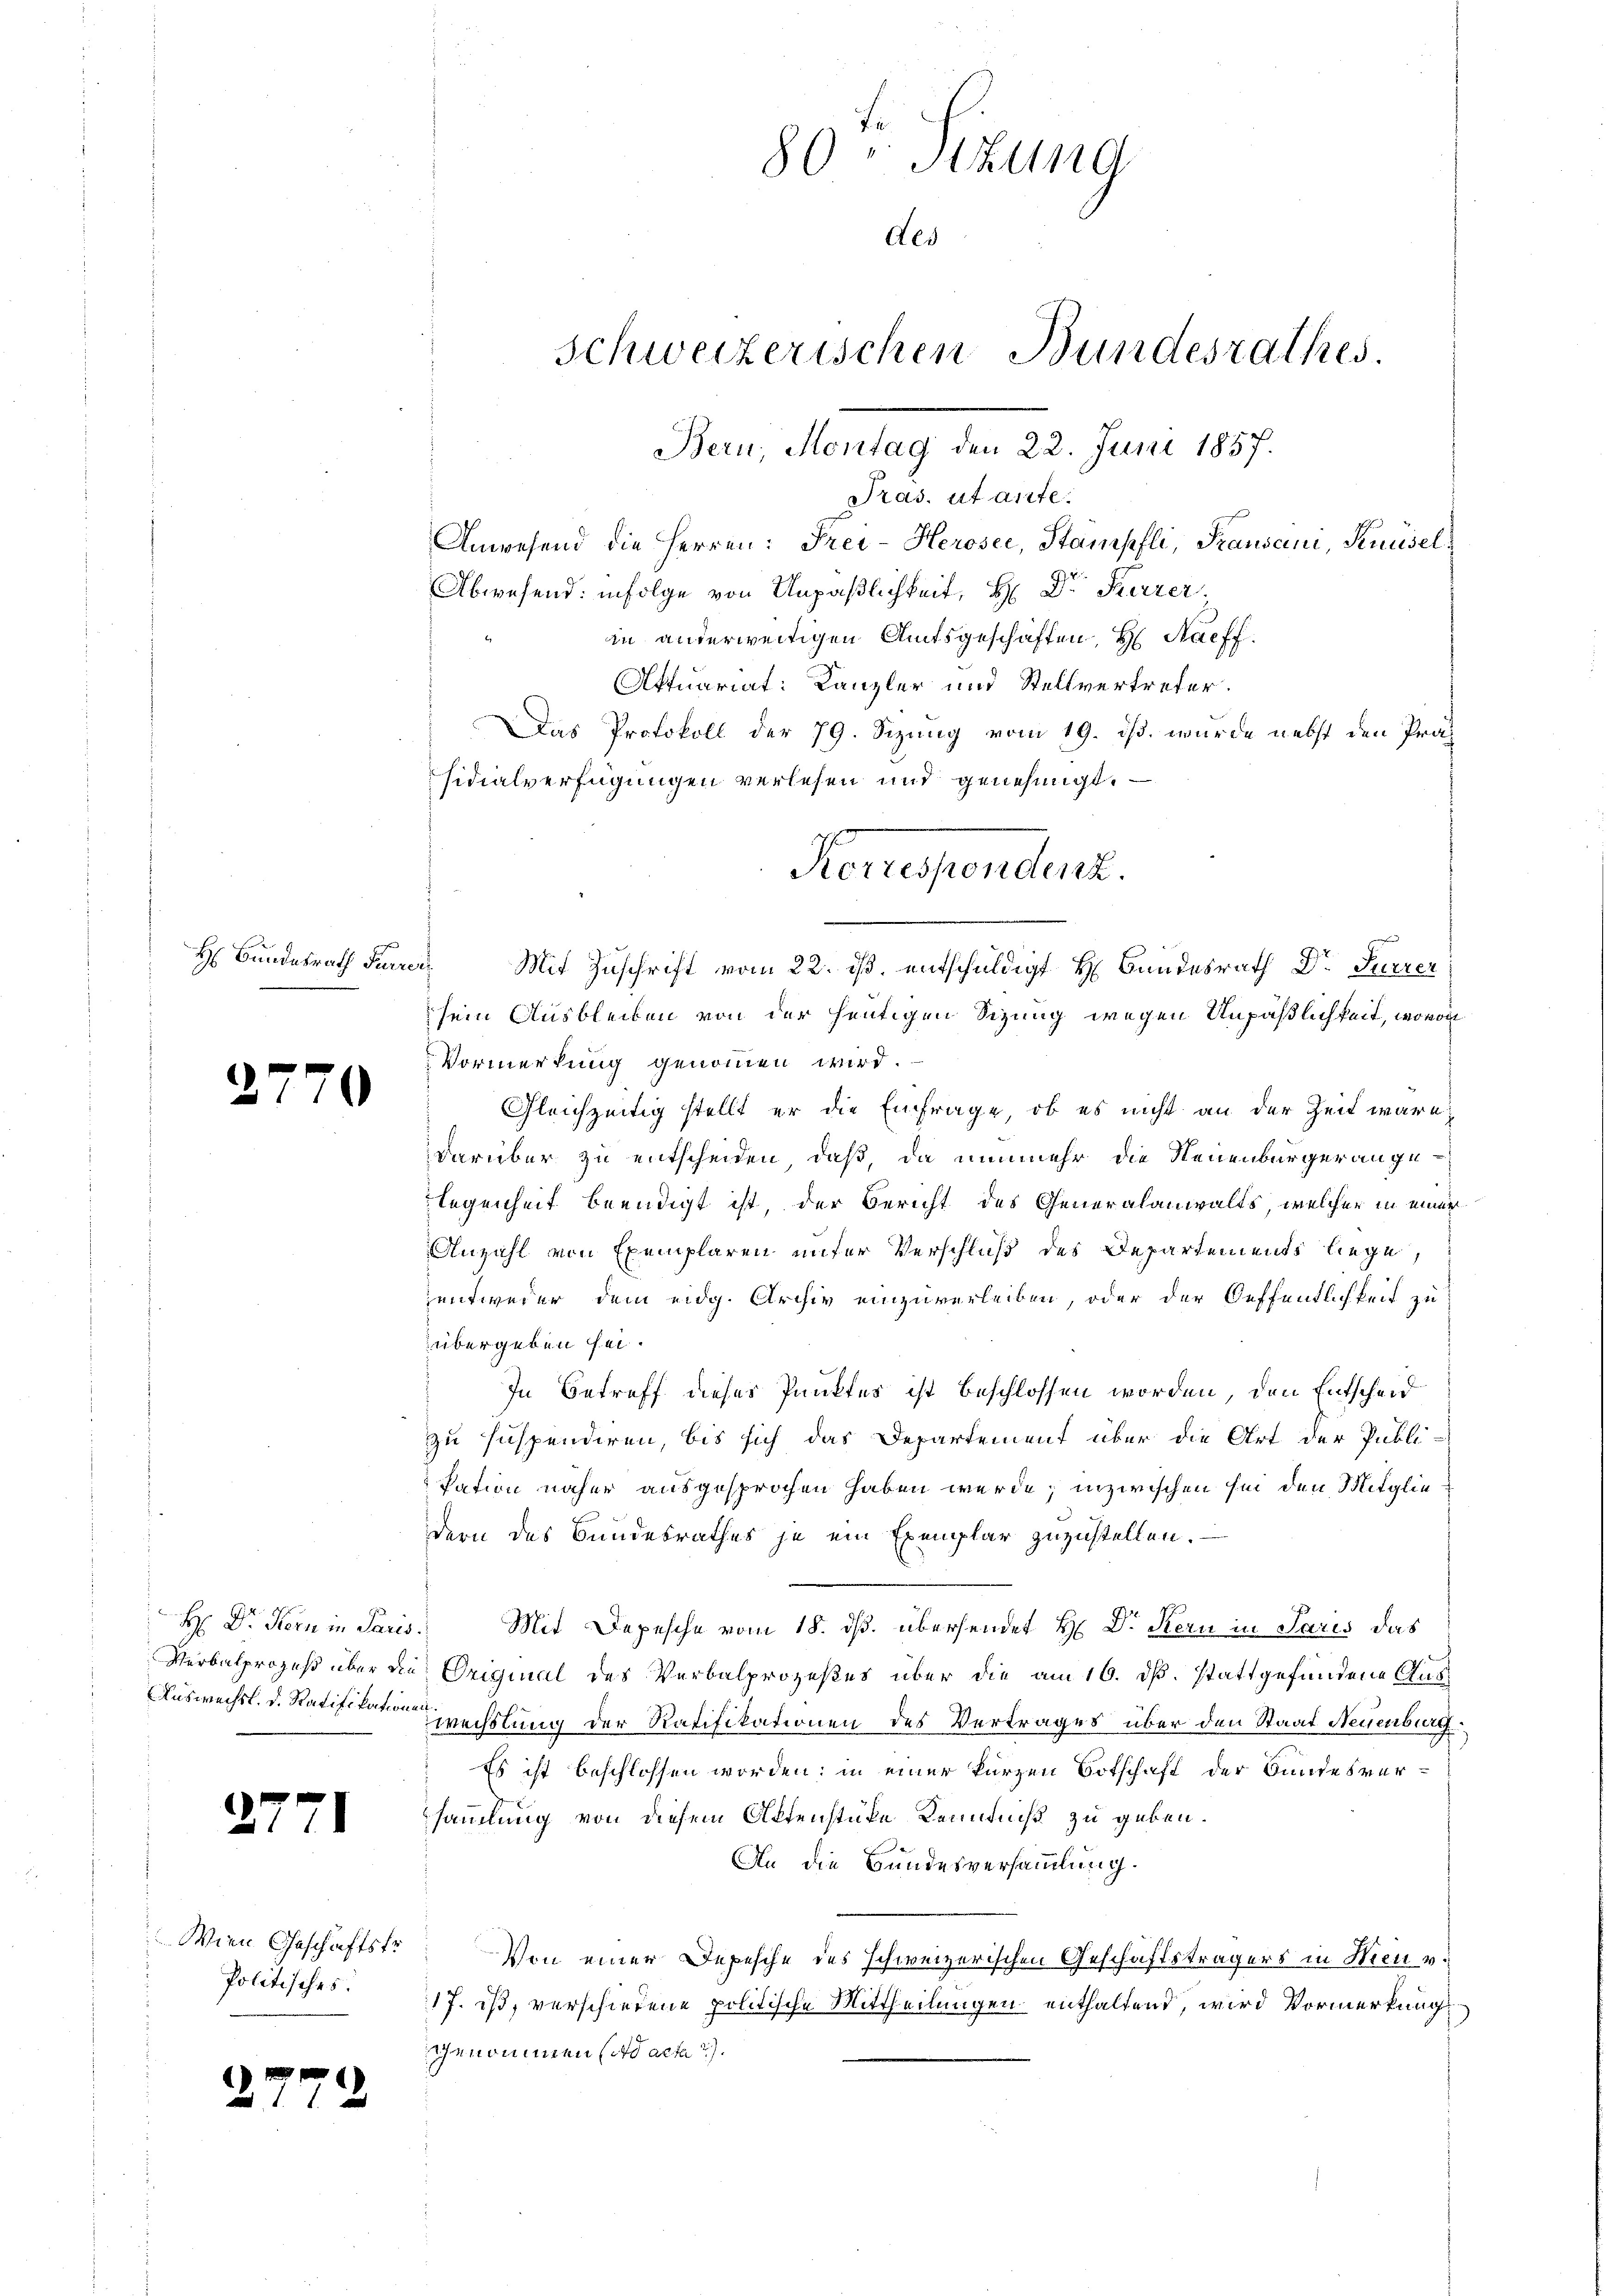
37

d

27

¬

)

Wien Geschäftstr
Politisches:

H Bundesrath Furrer

80 Sitzung
Als
Schweizerischen Bundesrathes.
Bern, Montag den 22. Juni 1857.
Pras. utante.

Anwesend die Herren: Frei- Herosei, Stämpfli, Frausani, Knüsel¬
Abwesend: infolge von Unpäßlichkeit, H: Dr. Furrer
in anderweitigen Amtsgeschäften, H. Nachf
Attuariat: Kanzler und Stellvertreter.
Das Protokoll der 79. Sizung vom 19. ds. wurde nebst den Präsidialverfügungen verlesen und genehmigt.
sein Ausbleiben von der heutigen Sizung wegen Unpäßlichkeit, wovon
Vormerkung genommen wird.
Gleichzeitig stellt er die Einfrage, ob es nicht an der Zeit wäre
darüber zu entscheiden, daß, da nunmehr die Neuenburger angelegenheit beendigt ist, der Bericht des Generalanwalts, welcher in einer
Anzahl von Exemplaren unter Verschluß des Departements liege,
zentweder dem eidg. Archiv einzuverleiben, oder der Oeffentlichkeit zu
übergeben sei.
In Betreff dieses Punktes ist beschlossen worden, den Entscheid
zu suspendiren, bis sich das Departement über die Art der Publi-
kation näher ausgesprochen haben werde; inzwischen sei den Mitgliedern des Bundesrathes je ein Exemplar zuzustellen.
H Dr. Kern in Paris Mit Depesche vom 18. ds. übersendet H: Dr. Kern in Paris das
Verbalprozeß über die Original des Verbalprozeßes über die am 16. ds. stattgefundene Aus¬
Auswechst. d. Ratifikation wechslung der Ratifikationen des Vertrages über den Staat Neuenburg
Es ist beschlossen worden; in einer kurzen Botschaft der Bundesversammlung von diesem Aktenstüke Kenntniß zu geben.
An die Bundesversammlung.
Von einer Depesche des schweizerischen Geschäftsträgers in Heu v.
17. ist, verschiedene politische Mittheilungen enthaltend, wird Vormerkung
genommen (ad acta 2).

Korrespondert.
Mit Zuschrift vom 22. ds. entschuldigt H. Bundesrath Dr Furrer